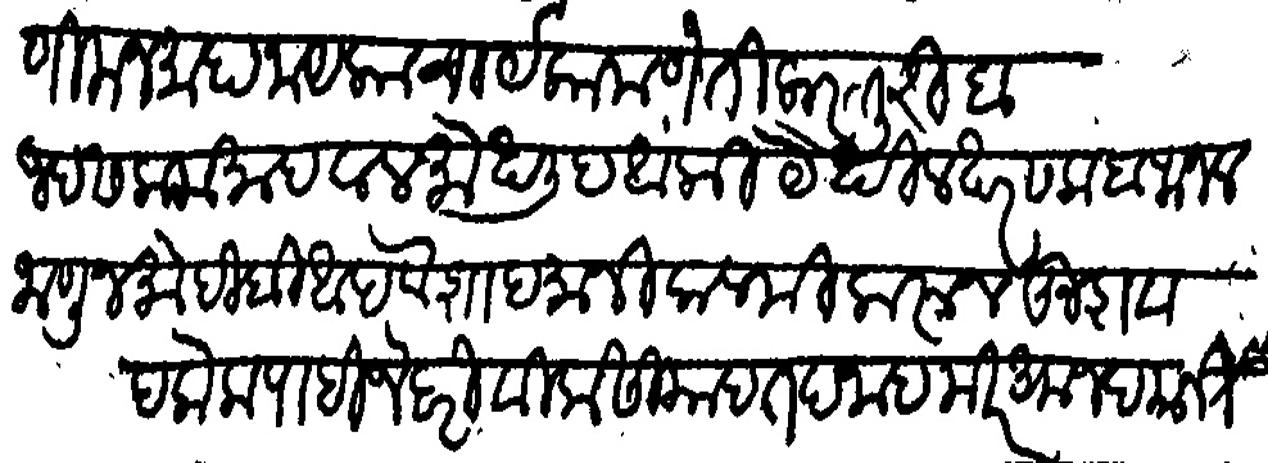
Transliteration (Devanagari): बेस्ताणी मन्माहा नायेकाचार्य कामणेती कस्तुरी बाजद सलाम मोहवल मोखळीद आंकी येथील खैर सलाब फजल जाणून मोहीबी आपले शादमानी कलमी करून खुशवद केला पाहिजे दरीवीला सियादत पनाहा मीर अमजद यानी